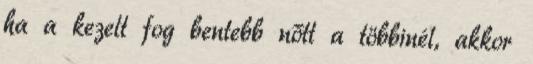
ha a kezelt fog bentebb nőtt a többinél, akkor